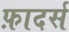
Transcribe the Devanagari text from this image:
फ़ादर्स